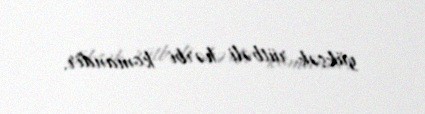
yüksək rütbəli hərbi komandir.